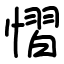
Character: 慴